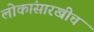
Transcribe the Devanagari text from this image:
लोकांसारखीच